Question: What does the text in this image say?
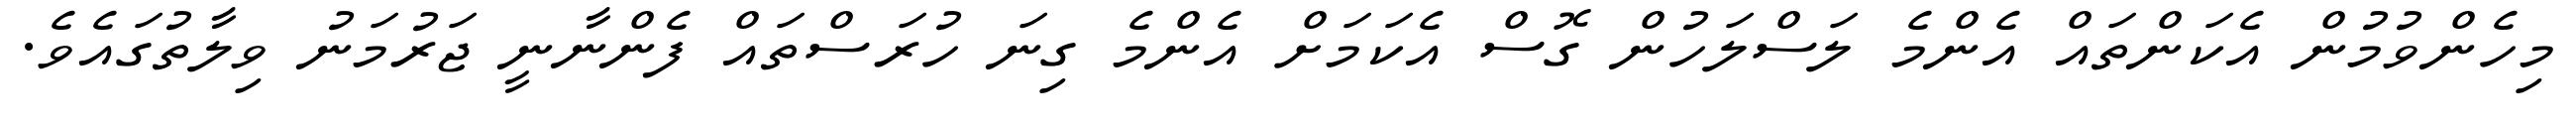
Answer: މިހެންވުމުން އެކަންތައް އެންމެ ލަސްލަހުން ގޮސް އެކަމަށް އެންމެ ގިނަ ހުރަސްތައް ފެންނާނީ ޖަރުމަނު ވިލާތުގައެވެ.